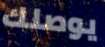
يوصلك